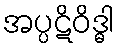
အပ္ပဋိဝိဒ္ဓါ